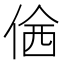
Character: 𠊆